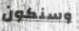
وسنكون